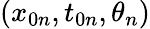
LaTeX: (x_{0n},t_{0n},\theta_{n})